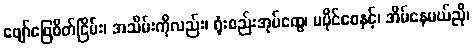
ဖျော်ဖြေစိတ်ငြိမ်း၊ အသိမ်းကိုလည်း၊ ရုံးစည်းအုပ်ထွေ၊ မပိုင်စေနှင့်၊ အိမ်နေမယ်ညို၊